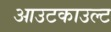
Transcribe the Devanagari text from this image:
आउटकाउल्ट